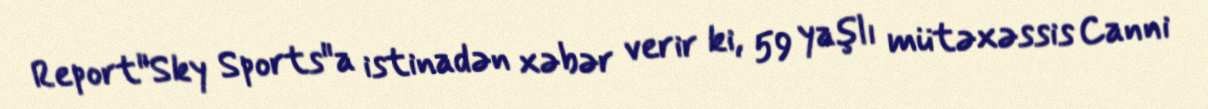
Report"Sky Sports"a istinadən xəbər verir ki, 59 yaşlı mütəxəssis Canni